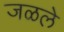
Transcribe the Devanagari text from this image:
जळले